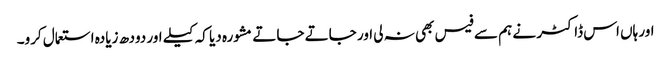
اور ہاں اس ڈاکٹر نے ہم سے فیس بھی نہ لی اور جاتے جاتے مشورہ دیا کہ کیلے اور دودھ زیادہ استعمال کرو۔